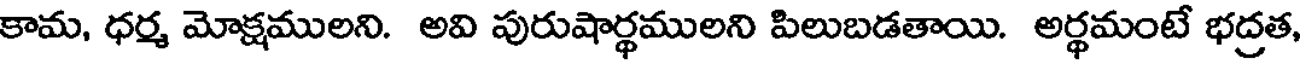
కామ, ధర్మ మోక్షములని. అవి పురుషార్థములని పిలుబడతాయి. అర్థమంటే భద్రత,